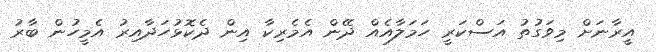
އީރާނަށް މިވަގުތު އަސްކަރީ ހަމަލާއެއް ދޭން އެމެރިކާ އިން ދެކޮޅުހަދާއިރު އެމީހުން ބާރު